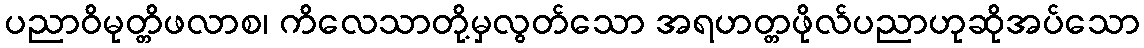
ပညာဝိမုတ္တိဖလာစ၊ ကိလေသာတို့မှလွတ်သော အရဟတ္တဖိုလ်ပညာဟုဆိုအပ်သော